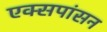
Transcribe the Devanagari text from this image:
एक्सपांसन